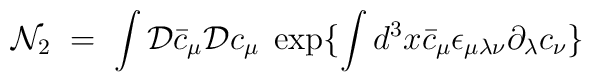
{\mathcal N}_2 \;=\; \int {\mathcal D}{\bar c}_\mu {\mathcal     D}c_\mu \; \exp\{\int d^3x {\bar c}_\mu \epsilon_{\mu\lambda\nu} \partial_\lambda c_\nu \}